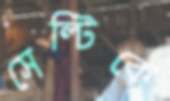
সেল্টিকে